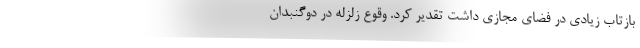
بازتاب زیادی در فضای مجازی داشت تقدیر کرد. وقوع زلزله در دوگنبدان